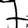
Digit: 7